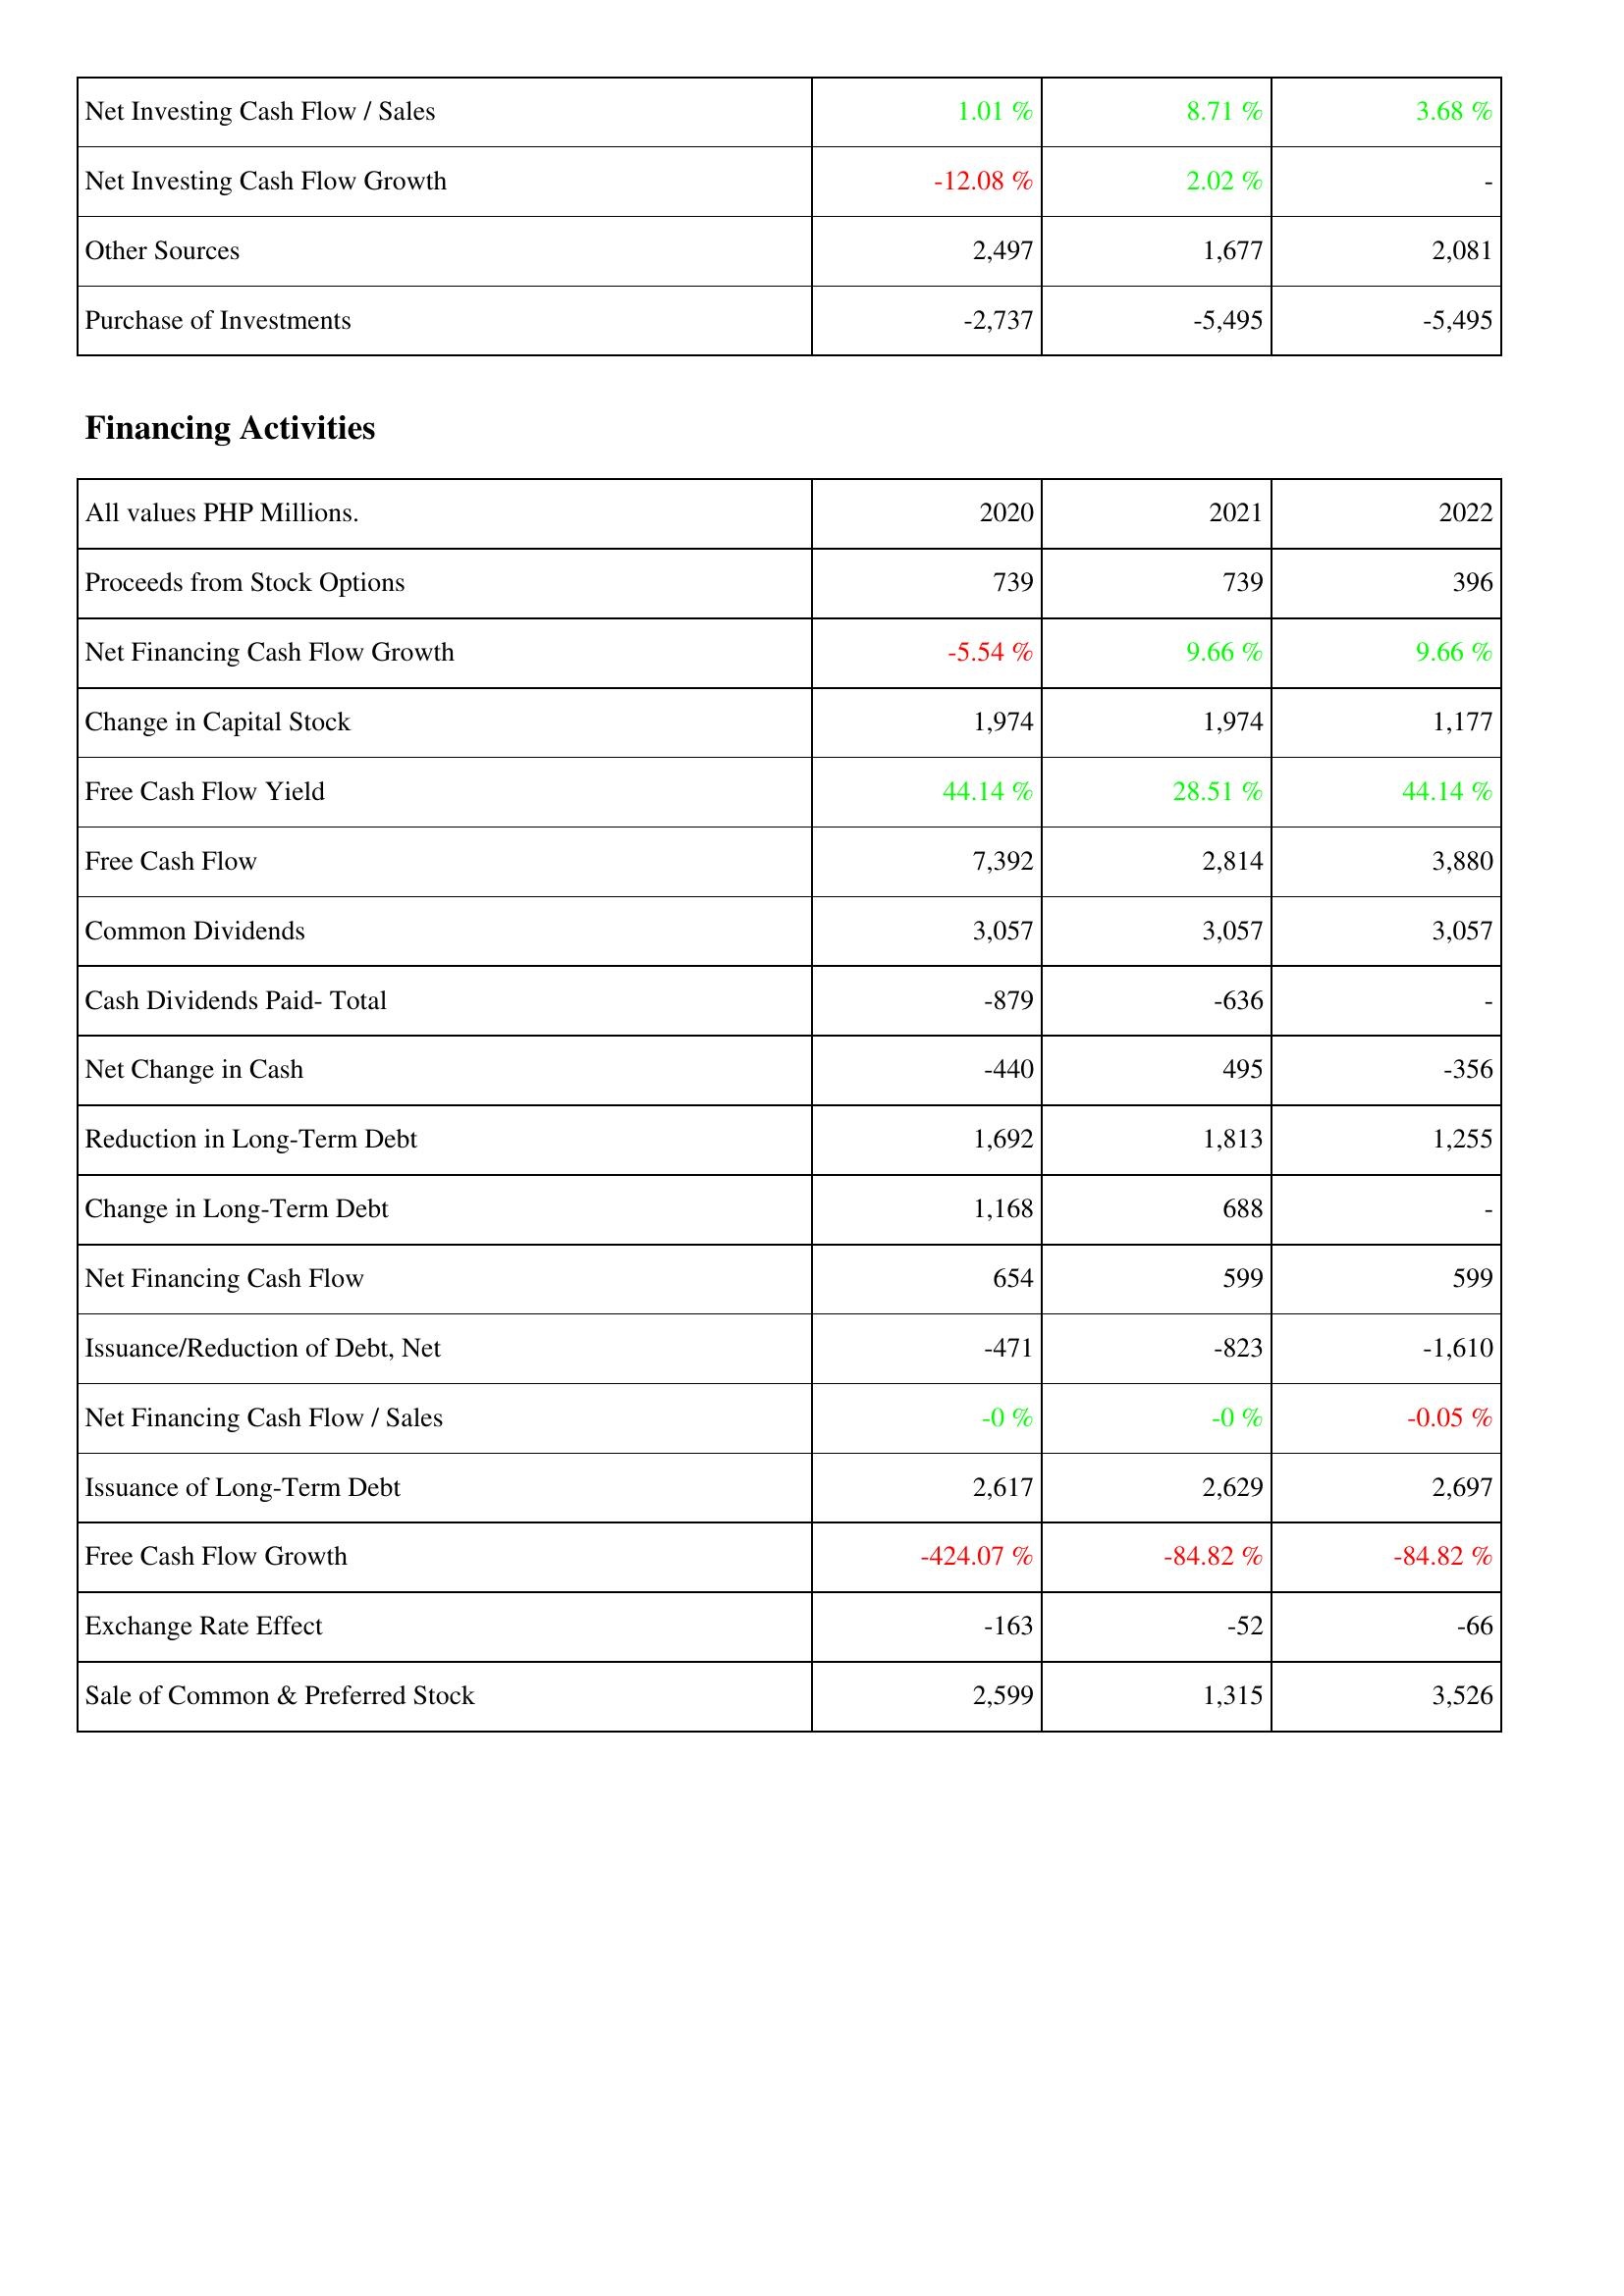
2020: Investing Activities: Net Investing Cash Flow / Sales: 1.01 %
Net Investing Cash Flow Growth: -12.08 %
Other Sources: 2,497
Purchase of Investments: -2,737
Financing Activities: Proceeds from Stock Options: 739
Net Financing Cash Flow Growth: -5.54 %
Change in Capital Stock: 1,974
Free Cash Flow Yield: 44.14 %
Free Cash Flow: 7,392
Common Dividends: 3,057
Cash Dividends Paid- Total: -879
Net Change in Cash: -440
Reduction in Long-Term Debt: 1,692
Change in Long-Term Debt: 1,168
Net Financing Cash Flow: 654
Issuance/Reduction of Debt, Net: -471
Net Financing Cash Flow / Sales: -0 %
Issuance of Long-Term Debt: 2,617
Free Cash Flow Growth: -424.07 %
Exchange Rate Effect: -163
Sale of Common & Preferred Stock: 2,599
2021: Investing Activities: Net Investing Cash Flow / Sales: 8.71 %
Net Investing Cash Flow Growth: 2.02 %
Other Sources: 1,677
Purchase of Investments: -5,495
Financing Activities: Proceeds from Stock Options: 739
Net Financing Cash Flow Growth: 9.66 %
Change in Capital Stock: 1,974
Free Cash Flow Yield: 28.51 %
Free Cash Flow: 2,814
Common Dividends: 3,057
Cash Dividends Paid- Total: -636
Net Change in Cash: 495
Reduction in Long-Term Debt: 1,813
Change in Long-Term Debt: 688
Net Financing Cash Flow: 599
Issuance/Reduction of Debt, Net: -823
Net Financing Cash Flow / Sales: -0 %
Issuance of Long-Term Debt: 2,629
Free Cash Flow Growth: -84.82 %
Exchange Rate Effect: -52
Sale of Common & Preferred Stock: 1,315
2022: Investing Activities: Net Investing Cash Flow / Sales: 3.68 %
Net Investing Cash Flow Growth: -
Other Sources: 2,081
Purchase of Investments: -5,495
Financing Activities: Proceeds from Stock Options: 396
Net Financing Cash Flow Growth: 9.66 %
Change in Capital Stock: 1,177
Free Cash Flow Yield: 44.14 %
Free Cash Flow: 3,880
Common Dividends: 3,057
Cash Dividends Paid- Total: -
Net Change in Cash: -356
Reduction in Long-Term Debt: 1,255
Change in Long-Term Debt: -
Net Financing Cash Flow: 599
Issuance/Reduction of Debt, Net: -1,610
Net Financing Cash Flow / Sales: -0.05 %
Issuance of Long-Term Debt: 2,697
Free Cash Flow Growth: -84.82 %
Exchange Rate Effect: -66
Sale of Common & Preferred Stock: 3,526